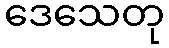
ဒေသေတု